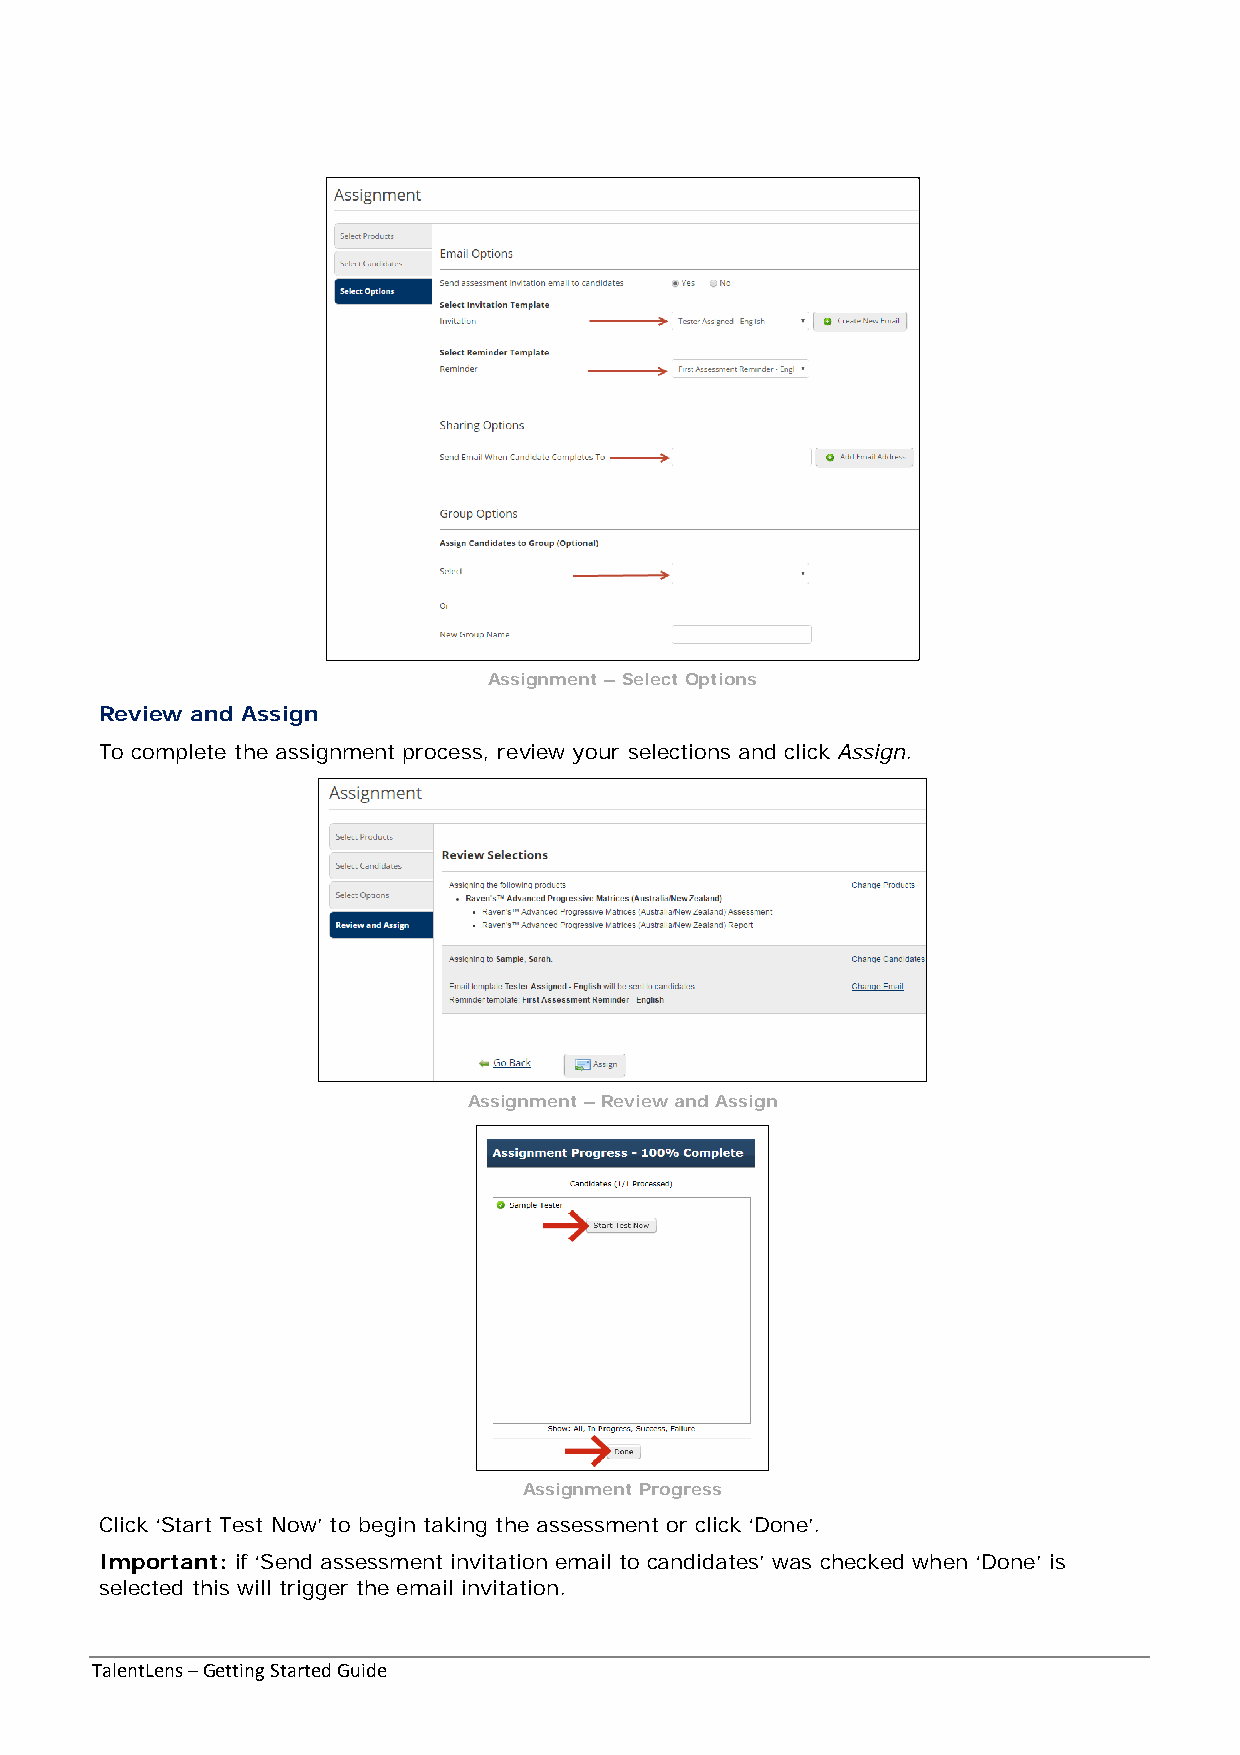
Assignment – Select Options
 Review and Assign
 To complete the assignment process, review your selections and click Assign.
 Assignment – Review and Assign
 Assignment Progress
 Click ‘Start Test Now’ to begin taking the assessment or click ‘Done’.
 Important: if ‘Send assessment invitation email to candidates’ was checked when ‘Done’ is
 selected this will trigger the email invitation.
 TalentLens – Getting Started Guide